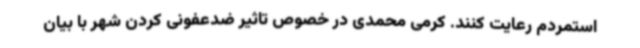
استمردم رعایت کنند. کرمی محمدی در خصوص تاثیر ضدعفونی کردن شهر با بیان